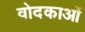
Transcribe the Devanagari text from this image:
वोदकाओं